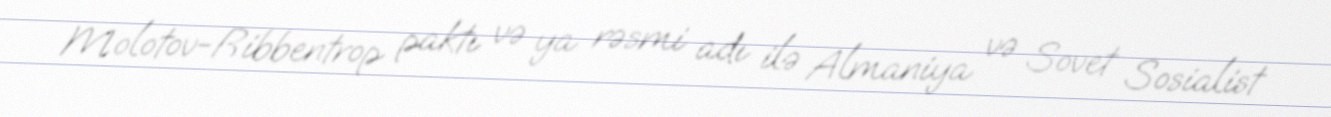
Molotov-Ribbentrop paktı və ya rəsmi adı ilə Almaniya və Sovet Sosialist